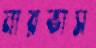
নারভাস